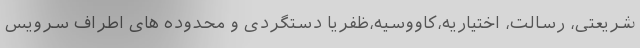
شریعتی، رسالت، اختیاریه،کاووسیه،ظفریا دستگردی و محدوده های اطراف سرویس